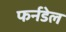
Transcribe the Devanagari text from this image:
फर्नडेल